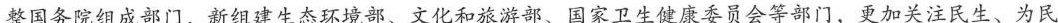
整国务院组成部门，新组建生态环境部、文化和旅游部、国家卫生健康委员会等部门，更加关注民生、为民